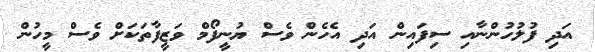
އަދި ފުލުހުންނާއި ސިފައިން އަދި އެހެން ވެސް ޔުނީފޯމް ވަޒީފާތަކަށް ވެސް މީހުން